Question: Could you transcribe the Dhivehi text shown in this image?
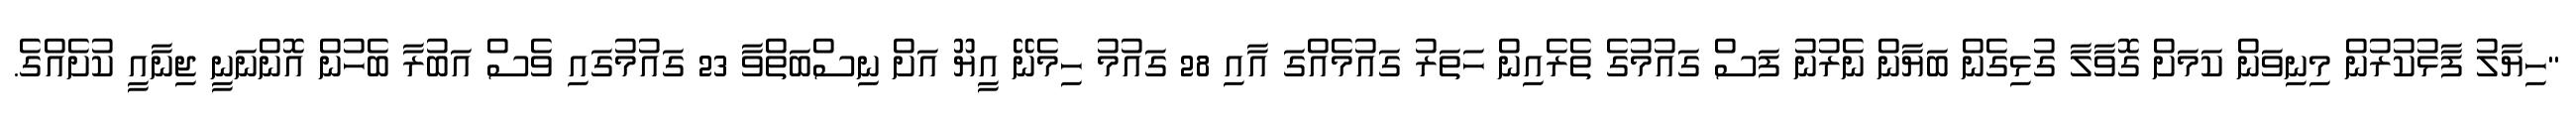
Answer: "ހިޔާލު ފާޅުކުރުން މިނިވަން ކަމަށް ގޮވާލާ ގުޅިގެން ބަޔާން ނެރުނު ފަސް ގައުމުގެ ތެރެއިން ހަތަރު ގައުމެއްގަ އާއި 28 ގައުމު ހިމެނޭ އީޔޫ އަށް ނިސްބަތްވާ 23 ގައުމުގައި ވެސް އަބުރާ ބެހުން އޮންނަނީ ޖިނާއީ ކުށެއްގެ.